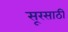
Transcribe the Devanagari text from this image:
सूरसाठी